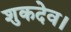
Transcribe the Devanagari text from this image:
शुकदेव।